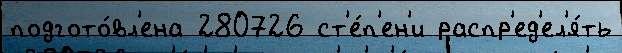
подгото́вл'ена 280726 ст'е́п'ен'и распр'ед'ел'я́ть